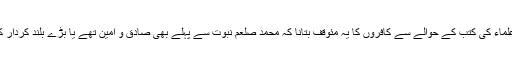
انصاف سے فیصلہ کیجئے کہ پھر مسلمانوں کا اپنے علماء کی کتب کے حوالے سے کافروں کا یہ مئوقف بتانا کہ محمد صلعم نبوت سے پہلے بھی صادق و امین تھے یا بڑے بلند کردار کے مالک تھے، ایک غیر اصولی دلیل نہیں تو کیا ہے؟